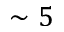
\sim 5